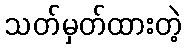
သတ်မှတ်ထားတဲ့